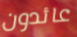
عائدون